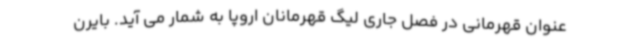
عنوان قهرمانی در فصل جاری لیگ قهرمانان اروپا به شمار می آید. بایرن